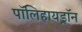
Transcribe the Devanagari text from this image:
पॉलिहायड्रॉन